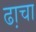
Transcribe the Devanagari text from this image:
ढा़चा